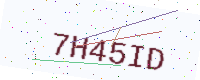
Text: 7H45ID